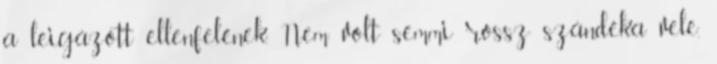
a leigázott ellenfelének. Nem volt semmi rossz szándéka vele,